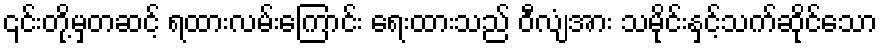
၎င်းတို့မှတဆင့် ရထားလမ်းကြောင်း ရေးထားသည် ဝီလျံအား သမိုင်းနှင့်သက်ဆိုင်သော